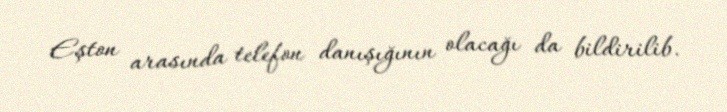
Eşton arasında telefon danışığının olacağı da bildirilib.